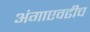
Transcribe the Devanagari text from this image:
अंगाएवढीच